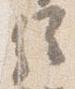
経